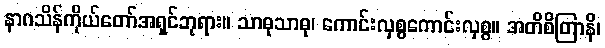
နာဂသိန်ကိုယ်တော်အရှင်ဘုရား။ သာဓုသာဓု၊ ကောင်းလှစွကောင်းလှစွ။ အတိစိတြာနိ၊